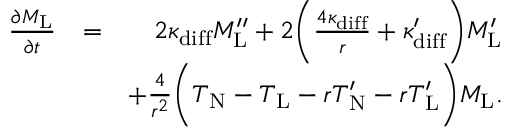
\begin{array} { r l r } { \frac { \partial M _ { \mathrm { L } } } { \partial t } } & { = } & { 2 \kappa _ { \mathrm { d i f f } } M _ { \mathrm { L } } ^ { \prime \prime } + 2 \bigg ( \frac { 4 \kappa _ { \mathrm { d i f f } } } { r } + \kappa _ { \mathrm { d i f f } } ^ { \prime } \bigg ) M _ { \mathrm { L } } ^ { \prime } } \\ & { } & { + \frac { 4 } { r ^ { 2 } } \bigg ( T _ { \mathrm { N } } - T _ { \mathrm { L } } - r T _ { \mathrm { N } } ^ { \prime } - r T _ { \mathrm { L } } ^ { \prime } \bigg ) M _ { \mathrm { L } } . } \end{array}